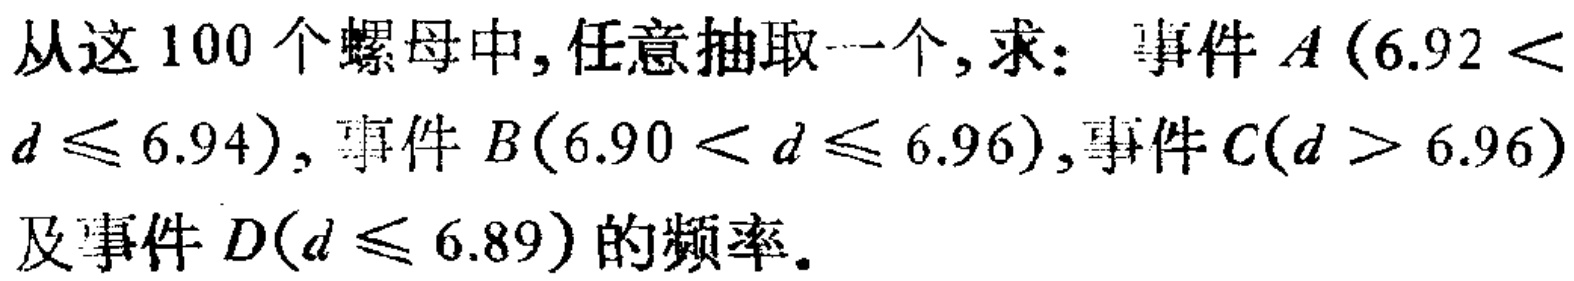
从这 100 个螺母中,任意抽取一个,求： 事件 \(A(6.92 < d\leqslant 6.94)\), 事件 \(B(6.90 < d\leqslant 6.96)\),事件 \(C(d > 6.96)\)及事件 \(D(d\leqslant 6.89)\)的频率.